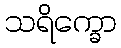
သရိက္ခော